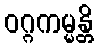
ဝဂ္ဂကမ္မန္တိ